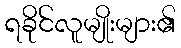
ရခိုင်လူမျိုးများ၏